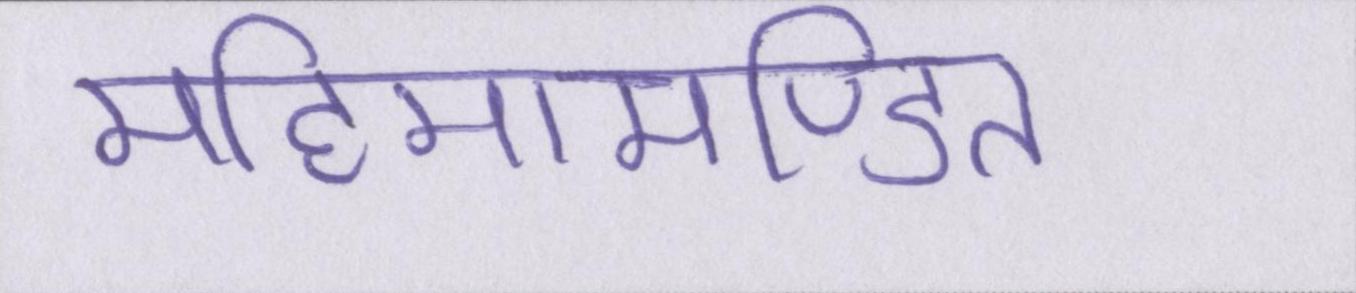
महिमामण्डित